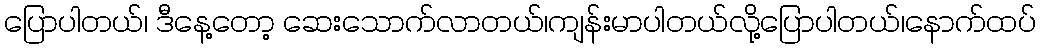
ပြောပါတယ်၊ ဒီနေ့တော့ ဆေးသောက်လာတယ်၊ကျန်းမာပါတယ်လို့ပြောပါတယ်၊နောက်ထပ်